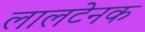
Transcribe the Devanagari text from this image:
लालटेनक